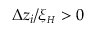
\Delta z _ { i } / \xi _ { { \scriptscriptstyle H } } > 0